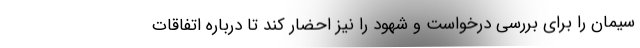
سیمان را برای بررسی درخواست و شهود را نیز احضار کند تا درباره اتفاقات